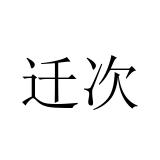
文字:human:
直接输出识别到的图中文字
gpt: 迁次